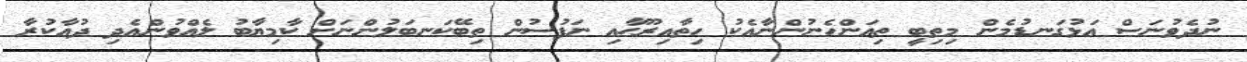
ނުދެވުނަސް އަޅުގަނޑުމެން މިތިބީ ތިއަންހެނުންނާއެކު ހިތާއިރޫޙާއި ނަފުސުން ތިބޭކަނބަލުންނަށް ކާމިޔާބު ލެއްވުންއެދި ދުޢާކުރާ